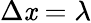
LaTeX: \Delta\mathit{x}=\lambda